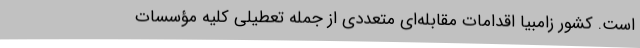
است. کشور زامبیا اقدامات مقابله‌ای متعددی از جمله تعطیلی کلیه مؤسسات